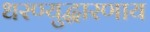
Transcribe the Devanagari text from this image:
धरण्युद्धारणाय